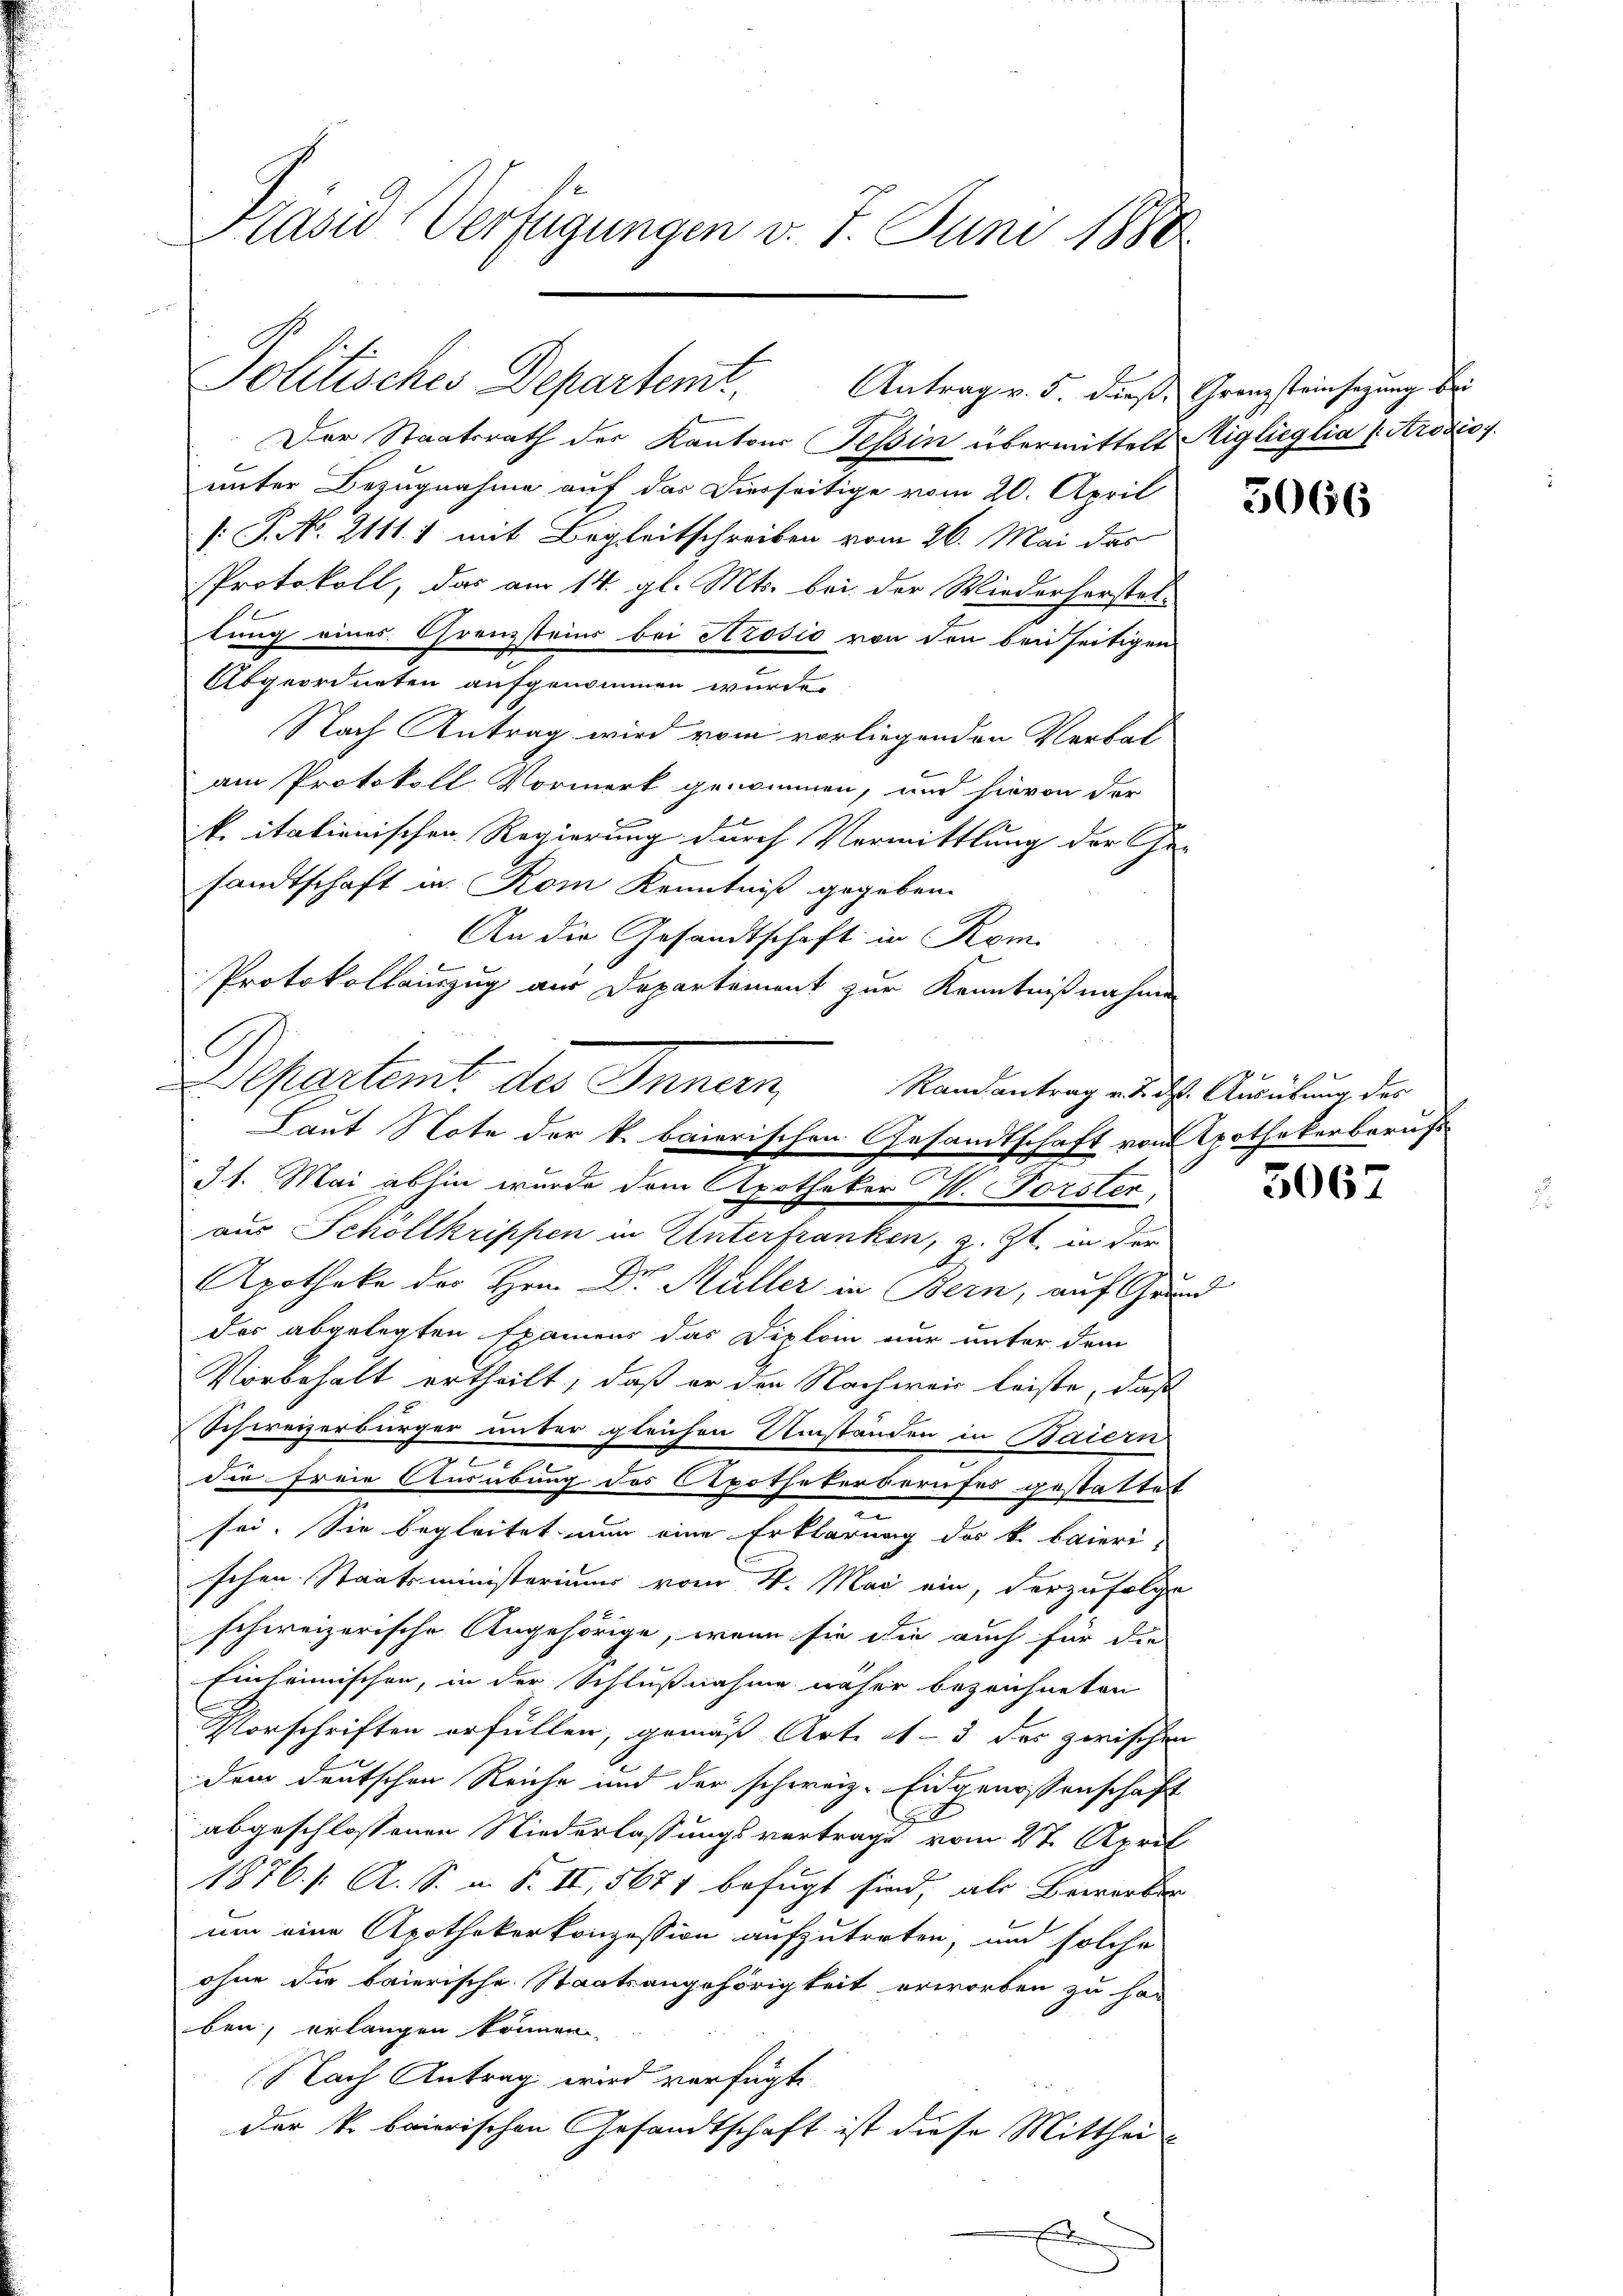
Der Staatsrath der Kantons Tessin übermittelt Aigleglia (Krozios.
unter Bezugnahme auf das Vierseitige vom 20. April
[: P. No. 2111. 1 mit Begleitschreiben vom 26. Mai das
Protokoll, das am 14. gl. Mts. bei der Wiederhorstel-
lung eines Grenzsteins bei Arosio von den bei seitigen
Abgeordneten aufgenommen wurde.
Nach Antrag wird vom vorliegenden Verbal
am Protokoll Vormerk genommen, und hievon der
k. italienischen Regierung durch Vermittlung der Ge-
sandtschaft in Rom Kenntniß gegeben.
An die Gesandtschaft in Rom.
Protokollauszug aus Departement zur Kenntnißnahmen
aus Schollkrippen in Unterfranken, z. Zt. in der
Apotheke der Hrn. Dr. Müller in Bern, auf Grund
das abgelegten Examens das Diplom nur unter dem
Vorbehalt ertheilt, daß er den Nachweis leiste, daß
Schweizerbürger unter gleichen Umständen in Baiern
e
die freie Ausübung des Apothekerberufes gestattet
sei. Sie begleitet nun eine Erklärung des k. Baieri
schen Staatsministeriums vom 4. Mai ein, derzufolge
schweizerische Angehörige, wenn sie die auch für die
Einheimischen, in der Schlußnahme näher bezeichneten
Vorschriften erfüllen, gemäß Art. 4 - 5 der zwischen
dem deutschen Reiche und der schweiz. Eidgenossenschaft
abgeschlossenen Niederlassungsvertrage vom 27. April
1876. 1. A. S. i. S. II, 5671 befugt sind, als Bewerber
um eine Apothekerkonzession aufzutreten, und solche
ohne die baierische Staatsangehörigkeit erworben zu har
ben, erlangen können.
Nach Antrag wird verfügt,
der k. baierischen Gesandtschaft ist diese Mitthei-
E

Präsid Verfügungen v. 7. Juni 1880

Politisches Departemt
Antrag v. 5. dieß Grenzsteinsezung bei

C

Departent der Innern
Laut Note der k. baierischen Gesandtschaft vom Apothekerberufs
31. Mai abhin wurde dem Apotheker I. Forster,

5066

ge
Randantrag v. 2. d. Ausübung des

3067